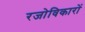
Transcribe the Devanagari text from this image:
रजोविकारों